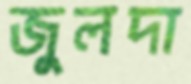
জুলদা